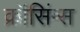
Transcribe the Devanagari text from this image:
क्रॉसिंग्स